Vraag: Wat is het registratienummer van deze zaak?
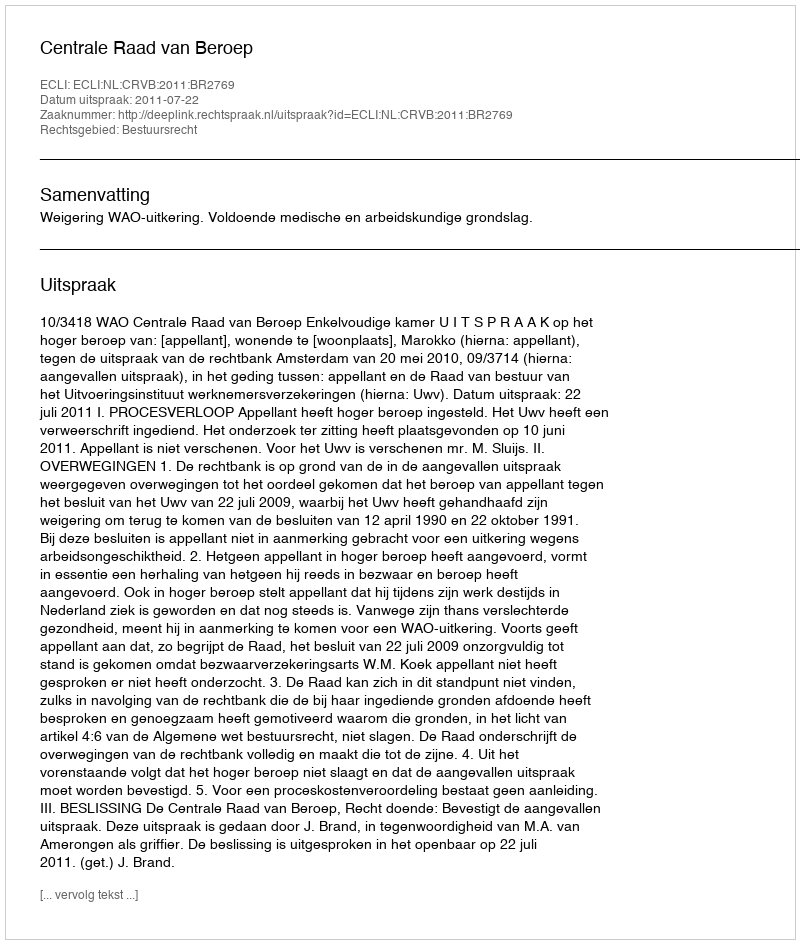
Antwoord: http://deeplink.rechtspraak.nl/uitspraak?id=ECLI:NL:CRVB:2011:BR2769